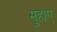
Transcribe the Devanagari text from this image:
सुहाए